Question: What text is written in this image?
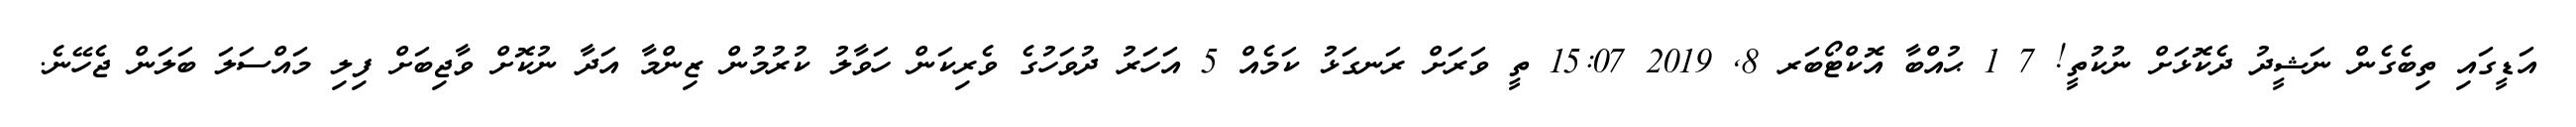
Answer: އަޑީގައި ތިބެގެން ނަޝީދު ދެކޮޅަށް ނުކުތީ! 7 1 ޙުއްބާ އޮކްޓޯބަރ 8, 2019 15:07 ތީ ވަރަށް ރަނގަޅު ކަމެއް 5 އަހަރު ދުވަހުގެ ވެރިކަން ހަވާލު ކުރުމުން ޒިންމާ އަދާ ނުކޮށް ވާޖިބަށް ފިލި މައްސަލަ ބަލަން ޖެހޭނެ.